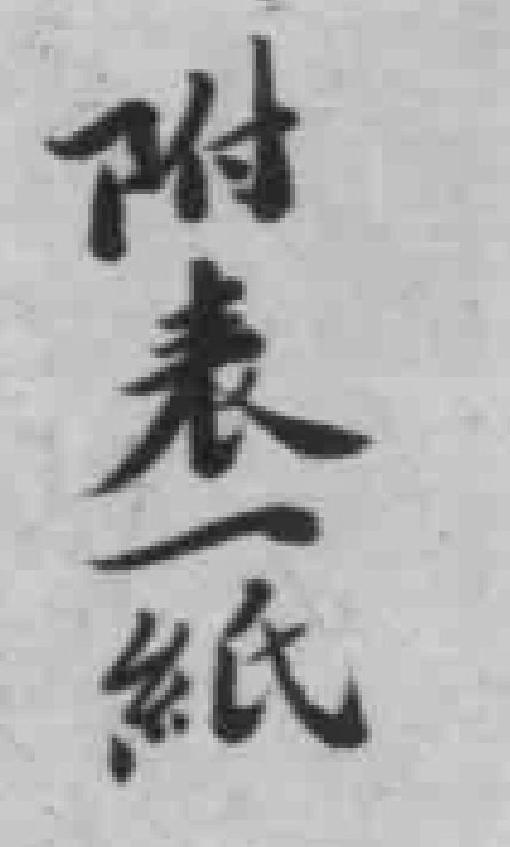
附表一紙